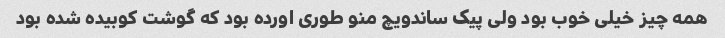
همه چیز خیلی خوب بود ولی پیک ساندویچ منو طوری اورده بود که گوشت کوبیده شده بود